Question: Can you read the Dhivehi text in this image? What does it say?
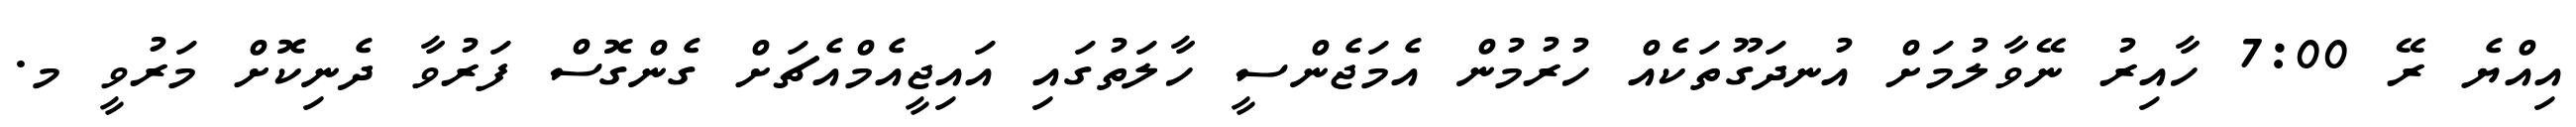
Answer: އިއްޔެ ރޭ 7:00 ހާއިރު ނޭވާލުމަށް އުނދަގޫތަކެއް ހުރުމުން އެމަޖެންސީ ހާލަތުގައި އައިޖީއެމްއެޗަށް ގެންގޮސް ފަރުވާ ދެނިކޮށް މަރުވީ މ.